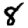
Digit: 8